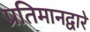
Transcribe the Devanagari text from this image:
प्रतिमानद्वारे